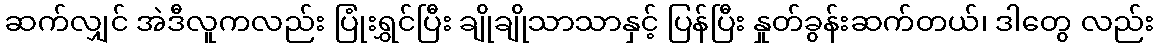
ဆက်လျှင် အဲဒီလူကလည်း ပြုံးရွှင်ပြီး ချိုချိုသာသာနှင့် ပြန်ပြီး နှုတ်ခွန်းဆက်တယ်၊ ဒါတွေ လည်း